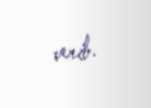
verib.